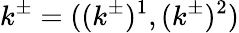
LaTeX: k^{\pm}=((k^{\pm})^{1},(k^{\pm})^{2})